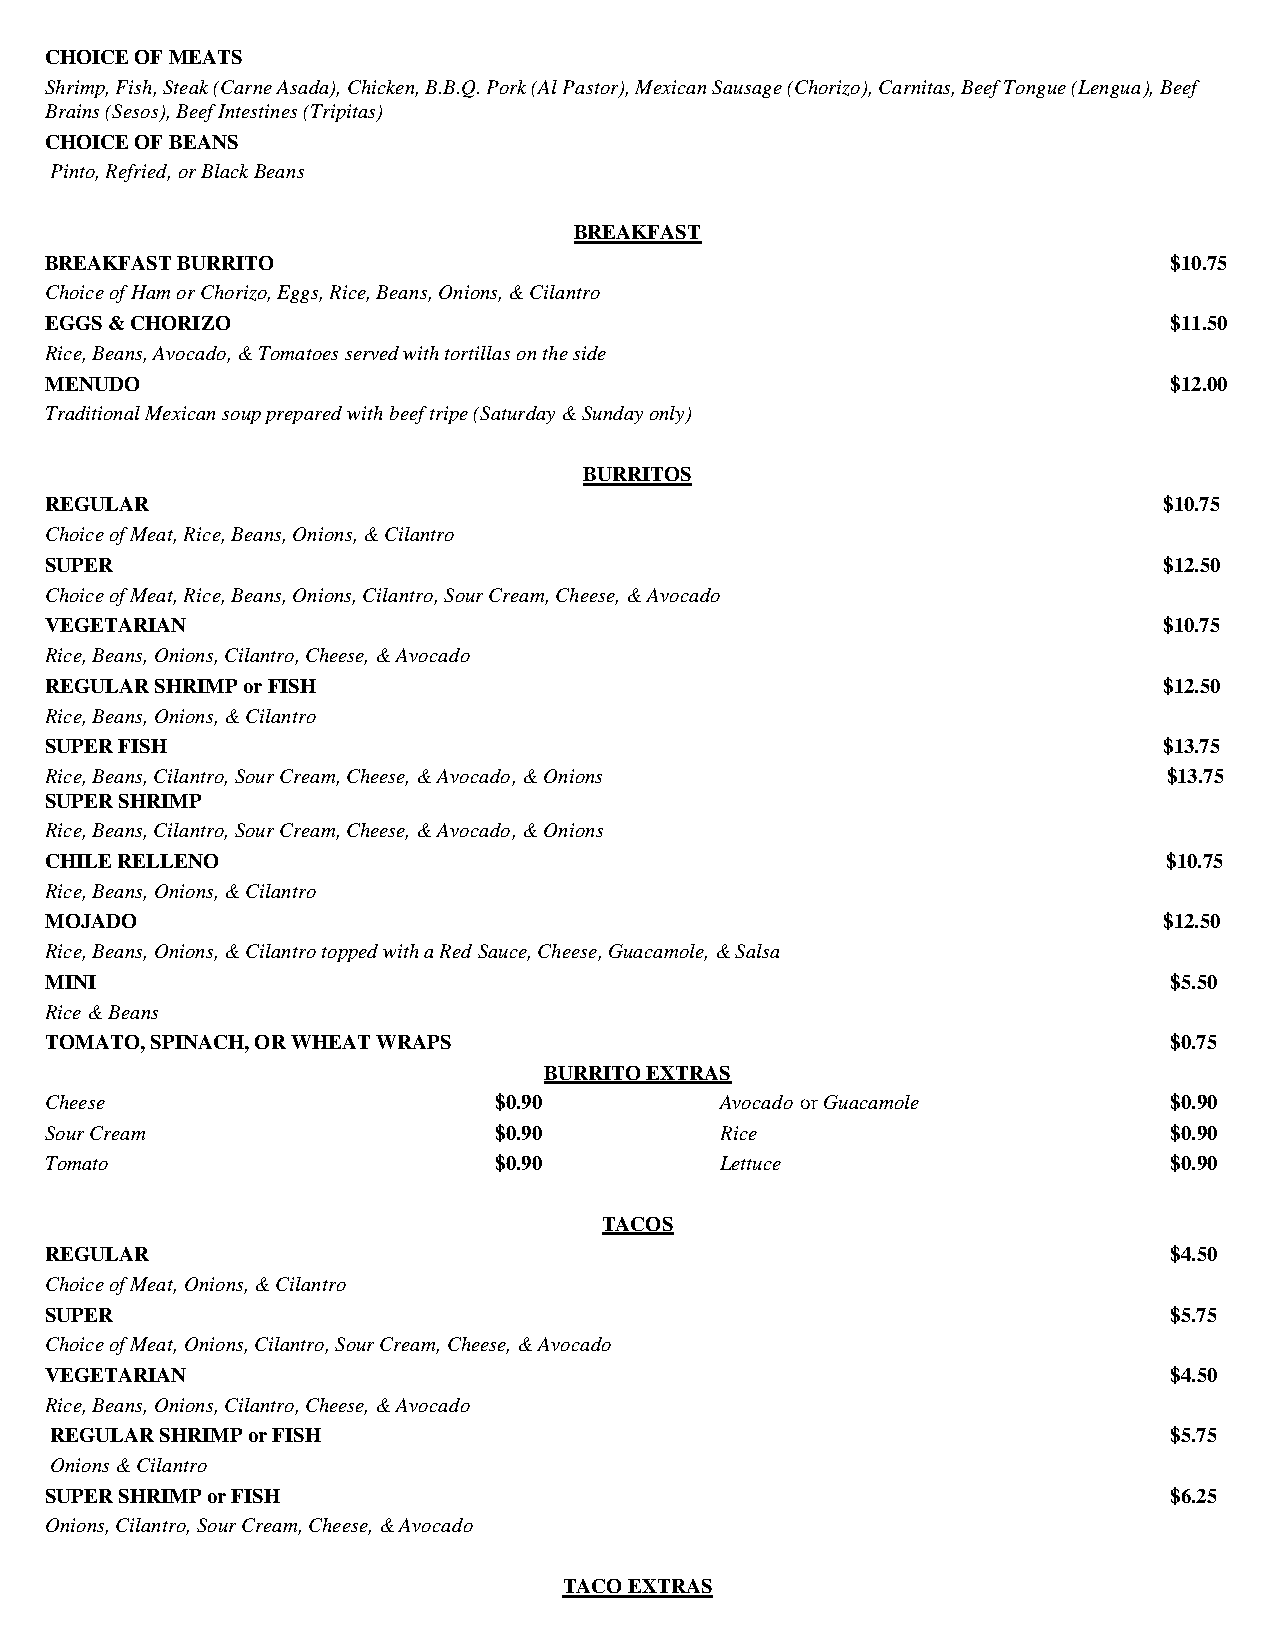
CHOICE OF MEATS
 Shrimp, Fish, Steak (Carne Asada), Chicken, B.B.Q. Pork (Al Pastor), Mexican Sausage (Chorizo), Carnitas, Beef Tongue (Lengua), Beef
 Brains (Sesos), Beef Intestines (Tripitas)
 CHOICE OF BEANS
 Pinto, Refried, or Black Beans
 BREAKFAST
 BREAKFAST BURRITO                                                         $10.75
 Choice of Ham or Chorizo, Eggs, Rice, Beans, Onions, & Cilantro
 EGGS & CHORIZO                                                            $11.50
 Rice, Beans, Avocado, & Tomatoes served with tortillas on the side
 MENUDO                                                                    $12.00
 Traditional Mexican soup prepared with beef tripe (Saturday & Sunday only)
 BURRITOS
 REGULAR                                                                   $10.75
 Choice of Meat, Rice, Beans, Onions, & Cilantro
 SUPER                                                                     $12.50
 Choice of Meat, Rice, Beans, Onions, Cilantro, Sour Cream, Cheese, & Avocado
 VEGETARIAN                                                                $10.75
 Rice, Beans, Onions, Cilantro, Cheese, & Avocado
 REGULAR SHRIMP or FISH                                                    $12.50
 Rice, Beans, Onions, & Cilantro
 SUPER FISH                                                                $13.75
 Rice, Beans, Cilantro, Sour Cream, Cheese, & Avocado, & Onions            $13.75
 SUPER SHRIMP
 Rice, Beans, Cilantro, Sour Cream, Cheese, & Avocado, & Onions
 CHILE RELLENO                                                             $10.75
 Rice, Beans, Onions, & Cilantro
 MOJADO                                                                    $12.50
 Rice, Beans, Onions, & Cilantro topped with a Red Sauce, Cheese, Guacamole, & Salsa
 MINI                                                                      $5.50
 Rice & Beans
 TOMATO, SPINACH, OR WHEAT WRAPS                                           $0.75
 BURRITO EXTRAS
 Cheese                        $0.90          Avocado or Guacamole         $0.90
 Sour Cream                    $0.90          Rice                         $0.90
 Tomato                        $0.90          Lettuce                      $0.90
 TACOS
 REGULAR                                                                   $4.50
 Choice of Meat, Onions, & Cilantro
 SUPER                                                                     $5.75
 Choice of Meat, Onions, Cilantro, Sour Cream, Cheese, & Avocado
 VEGETARIAN                                                                $4.50
 Rice, Beans, Onions, Cilantro, Cheese, & Avocado
 REGULAR SHRIMP or FISH                                                    $5.75
 Onions & Cilantro
 SUPER SHRIMP or FISH                                                      $6.25
 Onions, Cilantro, Sour Cream, Cheese, & Avocado
 TACO EXTRAS